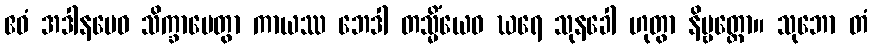
ဧဝံ အဒါနမေဝ သိက္ခာပေတွာ ကာယဿ ဘေဒါ တသ္မိံယေဝ ဃရေ သုနခေါ ဟုတွာ နိဗ္ဗတ္တော။ သုဘော တံ